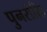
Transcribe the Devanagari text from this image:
पुनरोक्ति